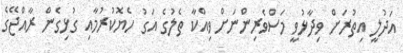
އަދުލީ އިތުރަށް ވިދާޅުވީ މަސްވެރިންނަށް ވިއްކާ ތެލުގެ އަގު ހެޔޮކުރުމާއި ގުޅިގެން ރާއްޖޭގެ